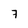
Character: 7